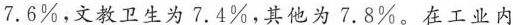
7.6%，文教卫生为7.4%，其他为7.8%。在工业内